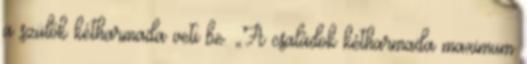
a szülők kétharmada veti be. „A családok kétharmada maximum